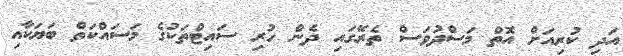
އަދި ކުރިއަށް އޮތް މަސްދުވަސް ތެރޭގައި ދެން ހުރި ސައިޓްތަކުގެ މަސައްކަތް ބަޔަކާއި